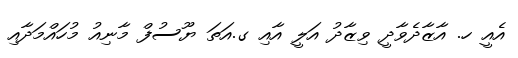
އެއީ ހ. އާޒާދެވާދީ ވިޒާދު އަލީ އާއި ގ.އަތަ ޔޫސުފް މާނިއު މުހައްމަދާއި